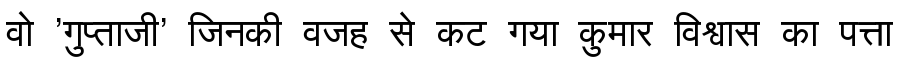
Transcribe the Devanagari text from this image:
वो 'गुप्ताजी' जिनकी वजह से कट गया कुमार विश्वास का पत्ता